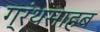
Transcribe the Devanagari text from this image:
ग्रंथसाहब